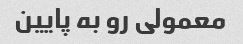
معمولى رو به پایین